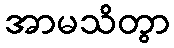
အာမသိတွာ